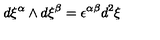
d \xi ^ { \alpha } \wedge d \xi ^ { \beta } = \epsilon ^ { \alpha \beta } d ^ { 2 } \xi